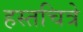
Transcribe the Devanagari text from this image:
हस्तचित्रे